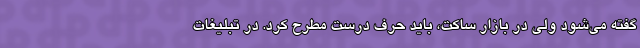
گفته می‌شود ولی در بازار ساکت، باید حرف درست مطرح کرد. در تبلیغات